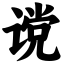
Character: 谠